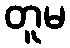
တူမ